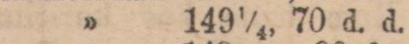
” 149¼, 70 d. d.